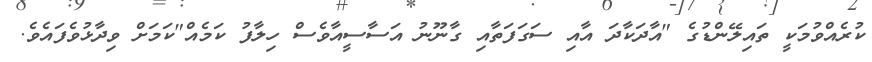
ކުރެއްވުމަކީ ތައިލޭންޑުގެ "އާދަކާދަ އާއި ސަގަފަތާއި ގާނޫނު އަސާސީއާވެސް ހިލާފު ކަމެއް"ކަމަށް ވިދާޅުވެފައެވެ.